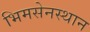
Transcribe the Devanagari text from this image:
भिमसेनस्थान